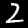
Digit: 2